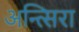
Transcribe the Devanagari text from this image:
अन्त्सिरा